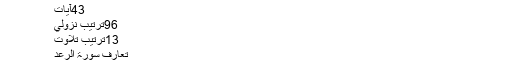
الرَّعْد - عرفان القرآن
43آيات
96ترتيب نزولي
13ترتيب تلاوت
تعارف سورۃ الرعد
اس سورہ مبارکہ کا نام ’الرعد‘ ہے کیونکہ اس کی ایک آیت میں یہ کلمہ مستعمل ہے ’یسبح الرعد بحمدہ‘۔